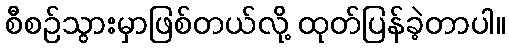
စီစဉ်သွားမှာဖြစ်တယ်လို့ ထုတ်ပြန်ခဲ့တာပါ။